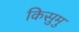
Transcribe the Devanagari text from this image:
किसुमु